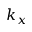
k _ { x }